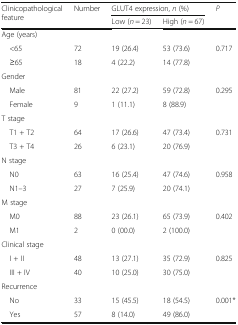
| <ROWSPAN=2> Clinicopathological feature | <ROWSPAN=2> Number | <COLSPAN=2> GLUT4 expression, n (%) | <ROWSPAN=2> P |
 | Low (n = 23) | High (n = 67) |
 | --- | --- | --- | --- | --- |
 | <COLSPAN=5> Age (years) |
 | <65 | 72 | 19 (26.4) | 53 (73.6) | 0.717 |
 | ≥65 | 18 | 4 (22.2) | 14 (77.8) |  |
 | <COLSPAN=5> Gender |
 | Male | 81 | 22 (27.2) | 59 (72.8) | 0.295 |
 | Female | 9 | 1 (11.1) | 8 (88.9) |  |
 | <COLSPAN=5> T stage |
 | T1 + T2 | 64 | 17 (26.6) | 47 (73.4) | 0.731 |
 | T3 + T4 | 26 | 6 (23.1) | 20 (76.9) |  |
 | <COLSPAN=5> N stage |
 | N0 | 63 | 16 (25.4) | 47 (74.6) | 0.958 |
 | N1–3 | 27 | 7 (25.9) | 20 (74.1) |  |
 | <COLSPAN=5> M stage |
 | M0 | 88 | 23 (26.1) | 65 (73.9) | 0.402 |
 | M1 | 2 | 0 (00.0) | 2 (100.0) |  |
 | <COLSPAN=5> Clinical stage |
 | I + II | 48 | 13 (27.1) | 35 (72.9) | 0.825 |
 | III + IV | 40 | 10 (25.0) | 30 (75.0) |  |
 | <COLSPAN=5> Recurrence |
 | No | 33 | 15 (45.5) | 18 (54.5) | 0.001* |
 | Yes | 57 | 8 (14.0) | 49 (86.0) |  |